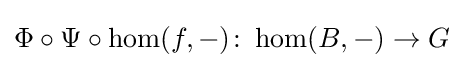
\Phi \circ \Psi \circ \hom(f,-)\colon \hom(B,-)\to G